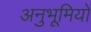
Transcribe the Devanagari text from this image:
अनुभूमियों